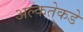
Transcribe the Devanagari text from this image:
अल्कतेकडे